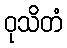
ဝုသိတံ